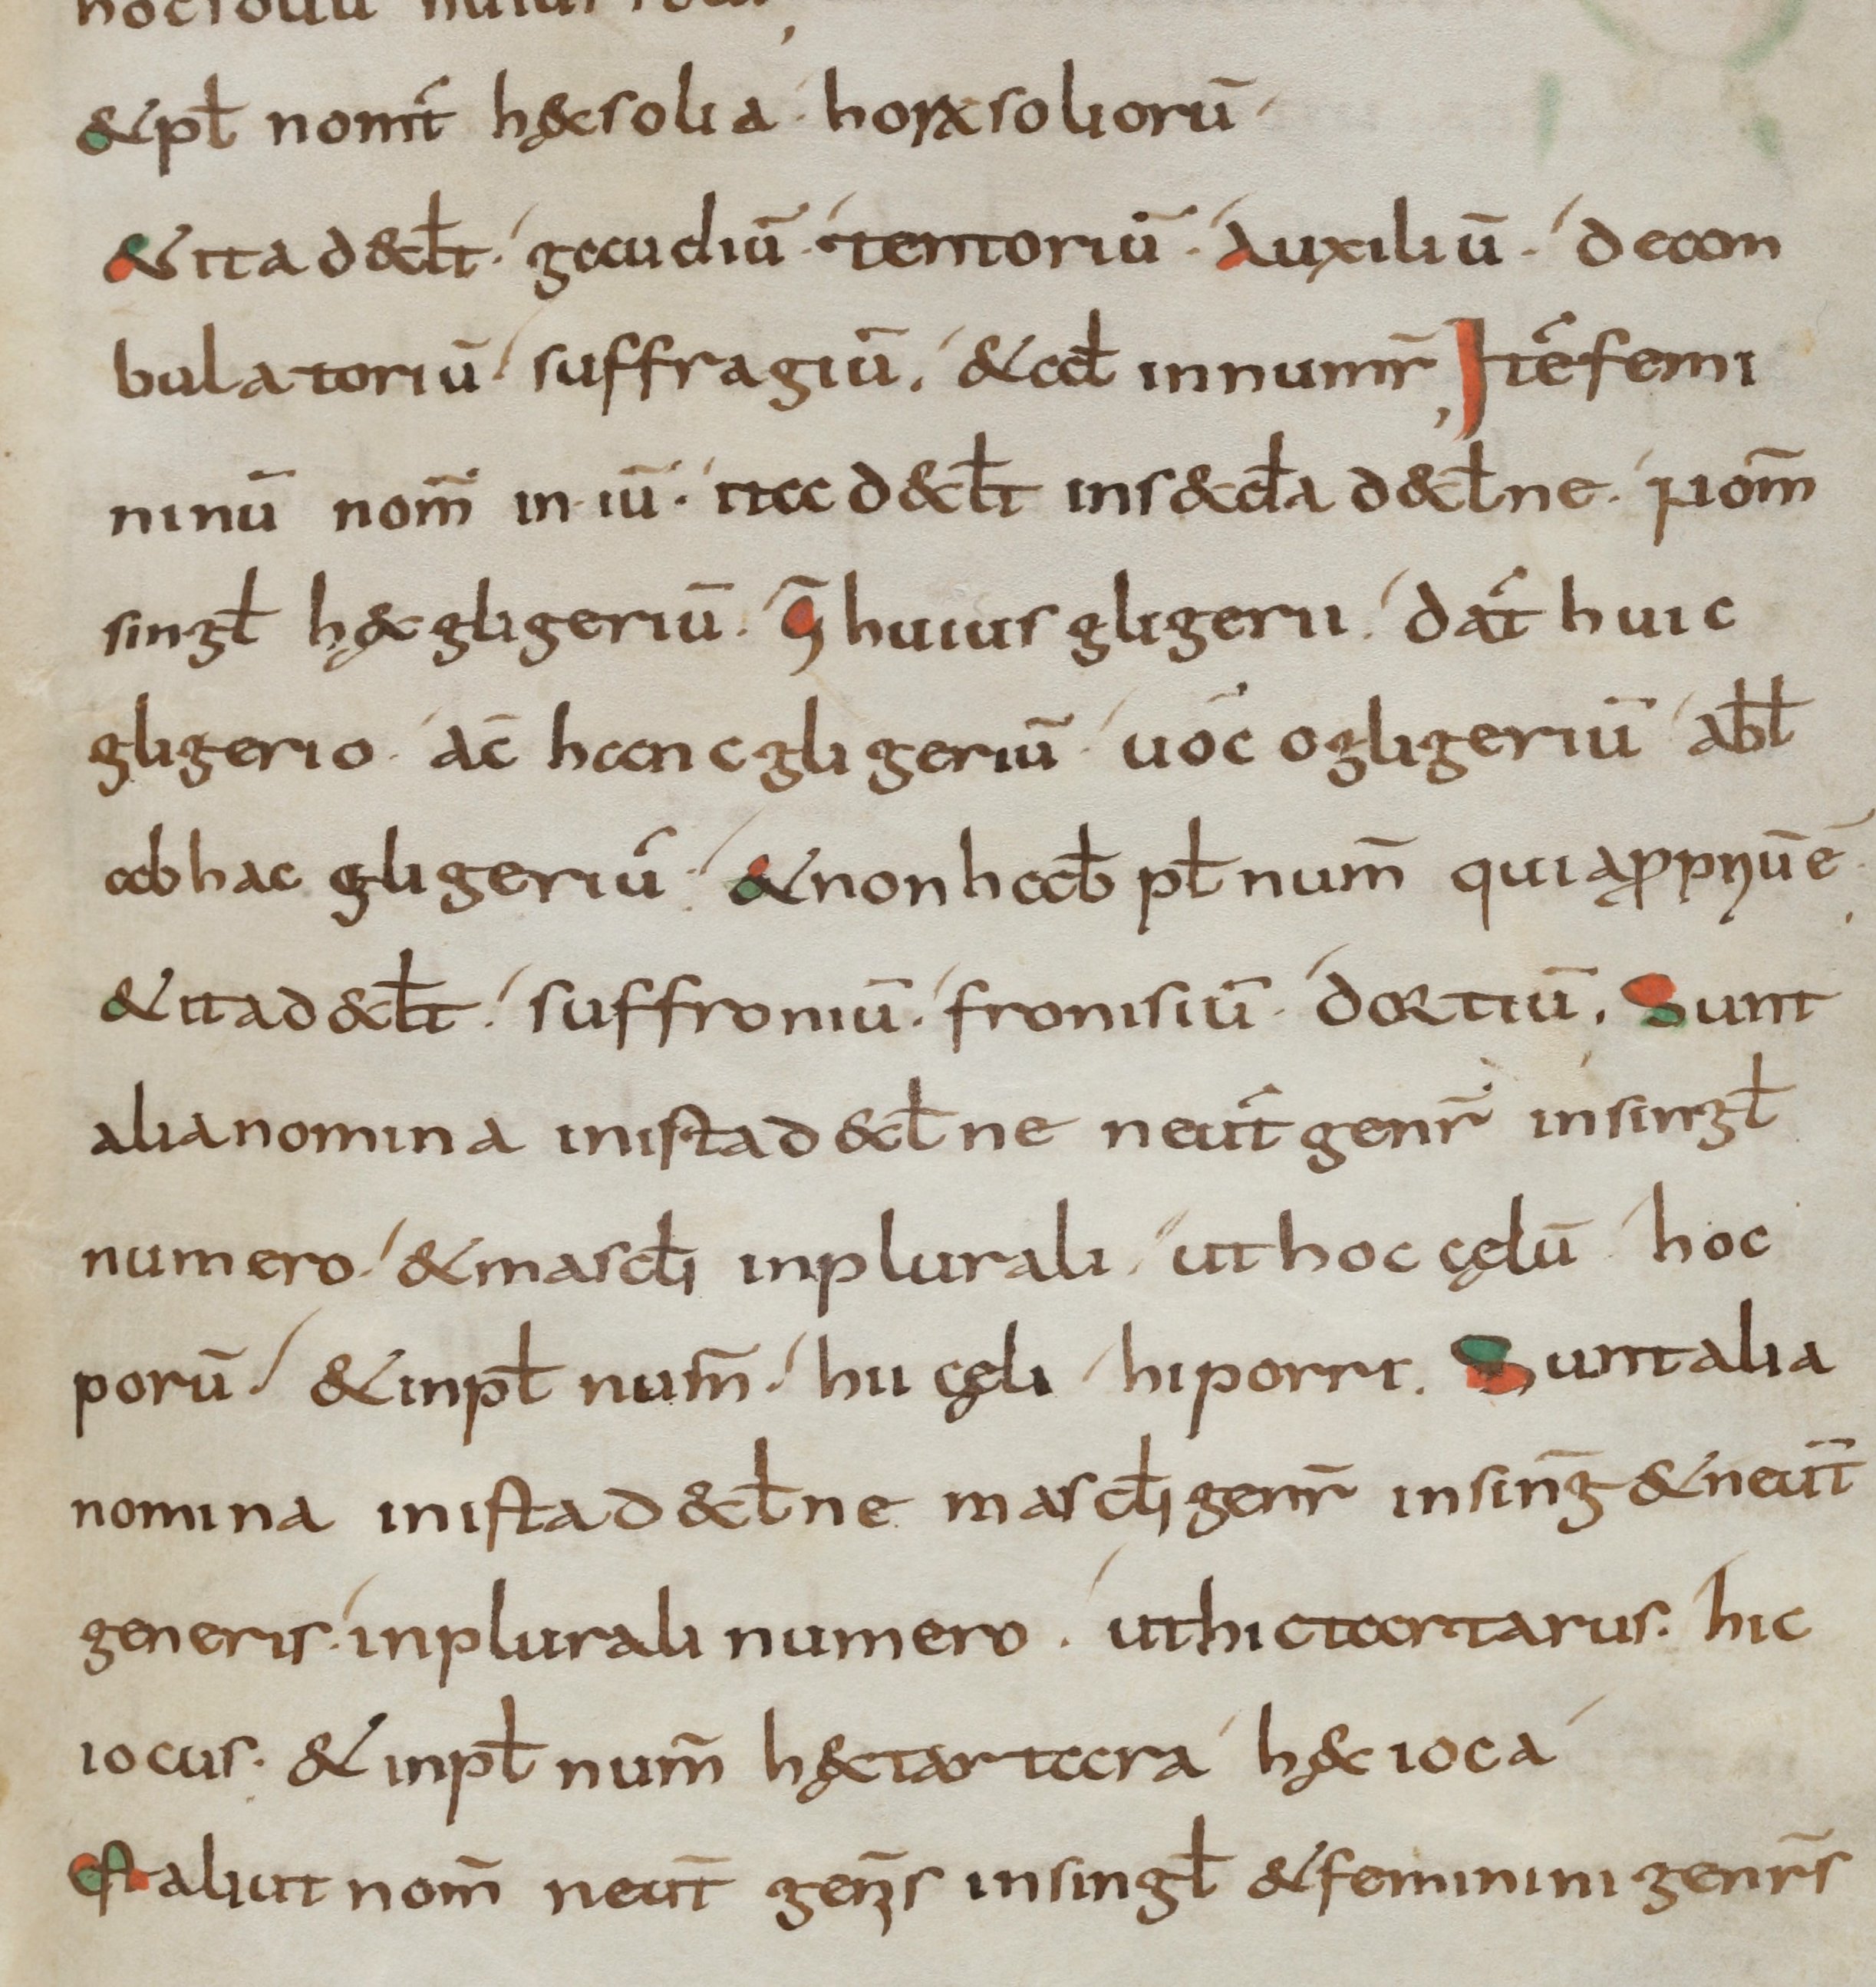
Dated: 800–899